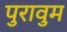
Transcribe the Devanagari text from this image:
पुरावुम